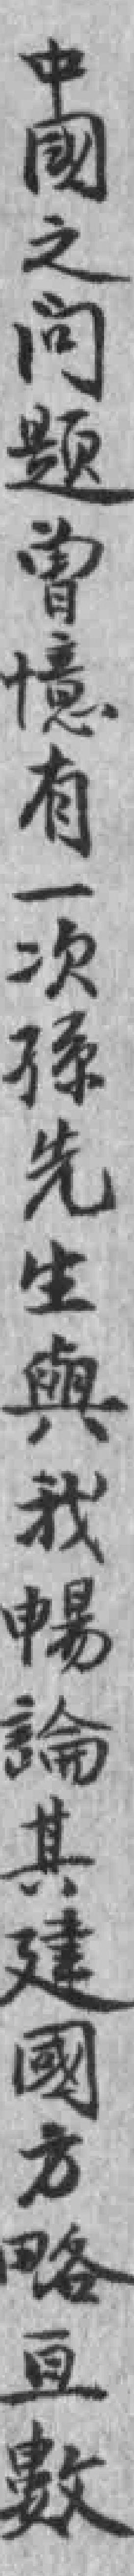
中國之问题曾憶有一次孫先生與我暢論其建國方略亘數